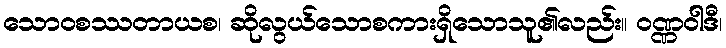
သောဝစဿတာယစ၊ ဆိုလွယ်သောစကားရှိသောသူ၏လည်း။ ဝဏ္ဏဝါဒီ၊